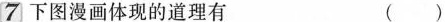
7下图漫画体现的道理有 ( )